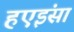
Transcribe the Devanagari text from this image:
हएइंसा